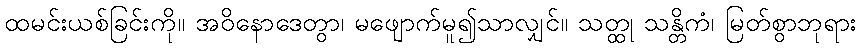
ထမင်းယစ်ခြင်းကို။ အဝိနောဒေတွာ၊ မဖျောက်မူ၍သာလျှင်။ သတ္ထု သန္တိကံ၊ မြတ်စွာဘုရား